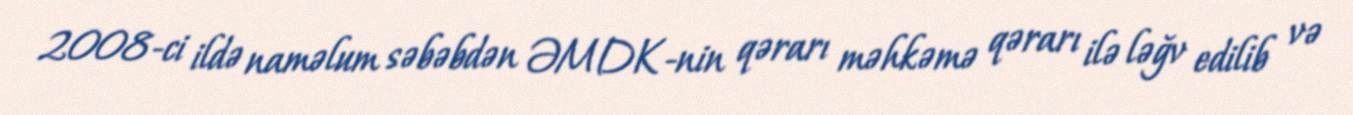
2008-ci ildə naməlum səbəbdən ƏMDK-nin qərarı məhkəmə qərarı ilə ləğv edilib və